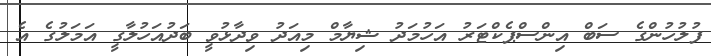
ފުލުހުންގެ ސަބް އިންސްޕެކްޓަރު އަހުމަދު ޝިޔާމް މިއަދު ވިދާޅުވީ ބަދުއަހުލާގީ އަމަލުގެ އެ